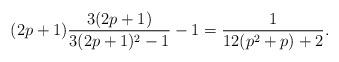
LaTeX: \begin{align*}(2p+1)\frac{3(2p+1)}{3(2p+1)^2-1}-1=\frac{1}{12(p^2+p)+2}.\end{align*}